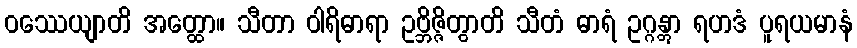
ဝဿေယျာတိ အတ္ထော။ သီတာ ဝါရိဓာရာ ဥဗ္ဘိဇ္ဇိတွာတိ သီတံ ဓာရံ ဥဂ္ဂန္တွာ ရဟဒံ ပူရယမာနံ